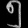
Digit: ၅